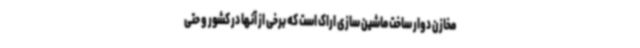
مخازن دوار ساخت ماشین سازی اراک است که برخی از آنها در کشور و حتی